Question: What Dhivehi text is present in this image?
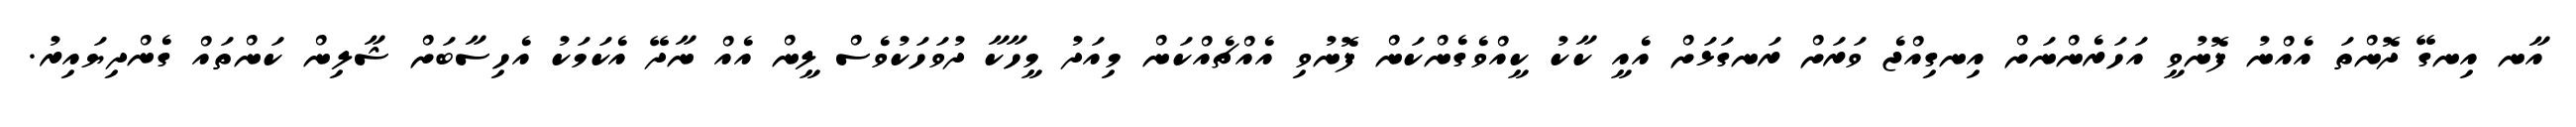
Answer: އާނ އިނގޭ ދޮންތަ އެއްނު ފޮނުވީ އަހަރެންނަށް އިނގިއްޖެ ވަރަށް ރަނގަޅަށް އެއީ ކާކު ކީއްވެގެންކަން ފޮނުވި އެއްޗެއްކަން މިއަދު މީހާކާ ދުވަހަކުވެސް ލީން އެއް ނާދޭ އެކަމަކު އެހިސާބަށް ޝާލިން ކަންތައް ގެންދިޔައިރު.